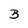
Character: B